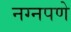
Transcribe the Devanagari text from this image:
नग्नपणे